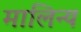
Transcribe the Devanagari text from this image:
मालिन्य